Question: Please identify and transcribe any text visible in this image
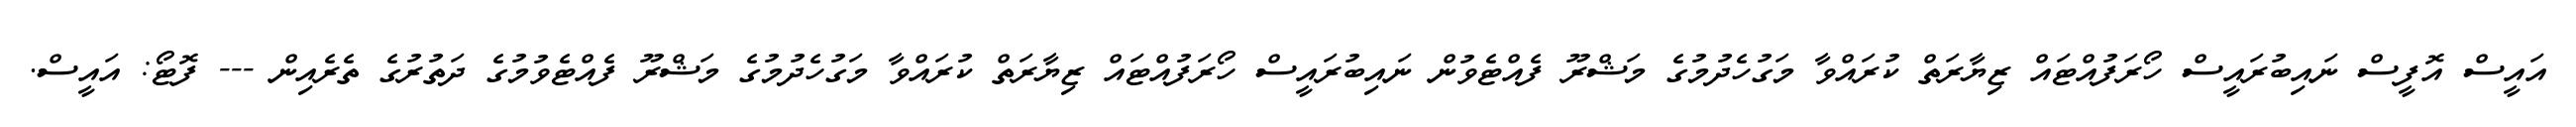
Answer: އައީސް އޮފީސް ނައިބުރައީސް ހޯރަފުއްޓައް ޒިޔާރަތް ކުރައްވާ މަގުހެދުމުގެ މަޝްރޫ ފެއްޓެވުން ނައިބުރައީސް ހޯރަފުއްޓައް ޒިޔާރަތް ކުރައްވާ މަގުހެދުމުގެ މަޝްރޫ ފެއްޓެވުމުގެ ދަތުރުގެ ތެރެއިން --- ފޮޓޯ: އައީސް.